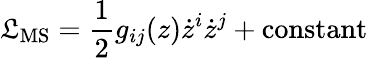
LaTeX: \mathfrak{L}_{\mathrm{{MS}}}={\frac{{1}}{{2}}}g_{ij}(z)\dot{{z}}^{i}\dot{{z}}^{j}+\mathrm{{constant}}